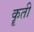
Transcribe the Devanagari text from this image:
कॄती